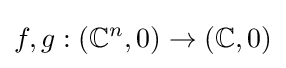
f,g:(\mathbb {C} ^{n},0)\to (\mathbb {C} ,0)